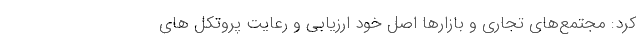
کرد: مجتمع‌های تجاری و بازارها اصل خود ارزیابی و رعایت پروتکل های